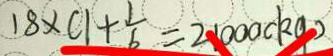
1 8 \times c 1 + \frac { 1 } { 6 } = 2 1 0 0 0 ( k g )